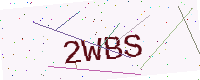
Text: 2WBS